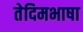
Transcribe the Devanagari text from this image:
तेदिमभाषा